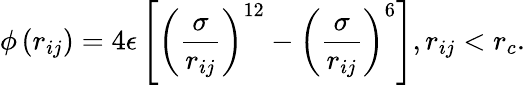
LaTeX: \phi\left(r_{ij}\right)=4\epsilon\left[\left(\frac{\sigma}{r_{ij}}\right)^{12}-\left(\frac{\sigma}{r_{ij}}\right)^{6}\right],r_{ij}<r_{c}.